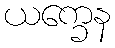
ယက္ခေန